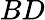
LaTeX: BD